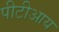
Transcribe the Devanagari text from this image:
पीटीआय